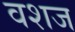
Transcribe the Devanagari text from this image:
वशज